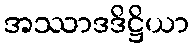
အဿာဒဒိဋ္ဌိယာ